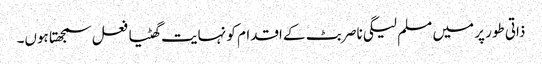
ذاتی طور پر میں مسلم لیگی ناصر بٹ کے اقدام کو نہایت گھٹیا فعل سمجھتا ہوں۔